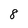
Character: 8